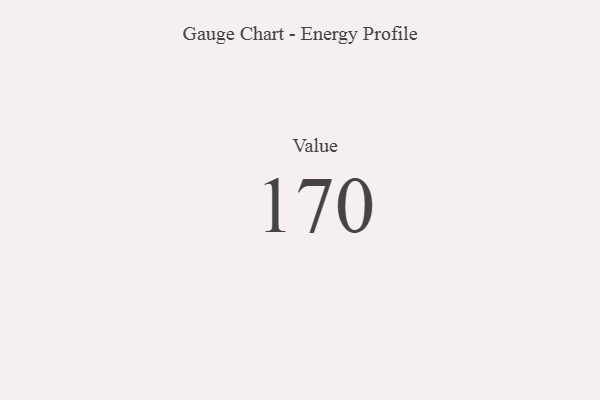
{"axis": {"x": "Metric", "y": "Value"}, "legend": [""], "data": [{"x": "Value", "y": 170, "type": ""}]}